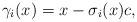
LaTeX: \begin{align*}\gamma_i(x)= x-\sigma_i(x)c,\end{align*}